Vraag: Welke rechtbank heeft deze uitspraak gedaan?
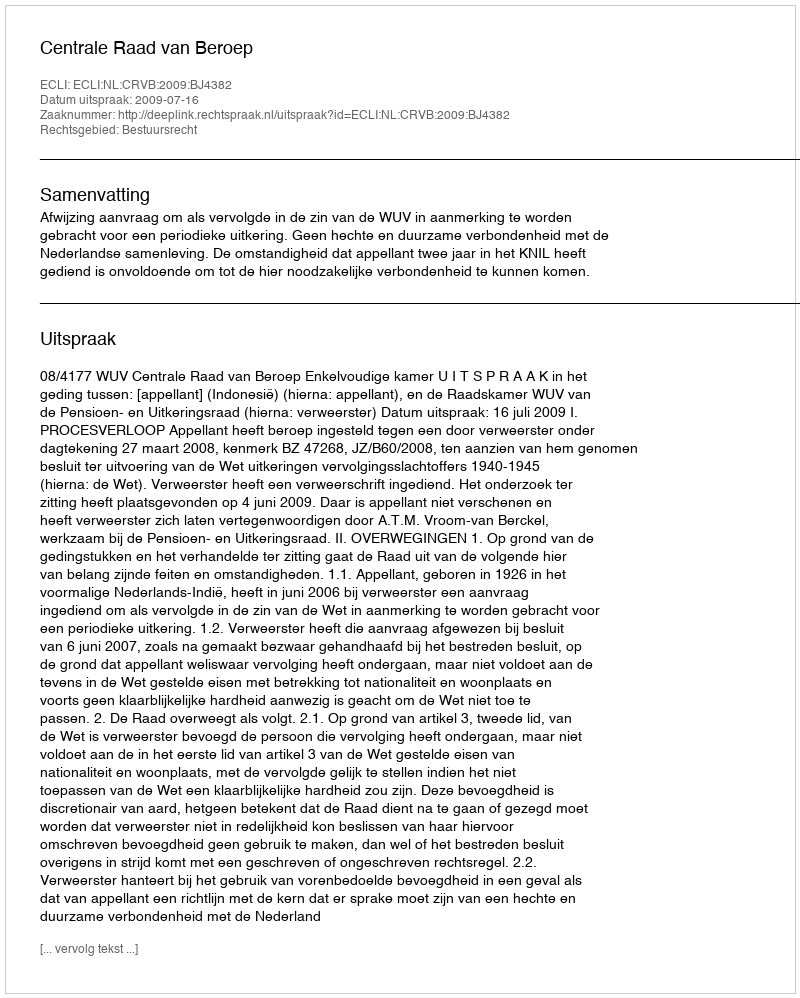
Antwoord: Centrale Raad van Beroep